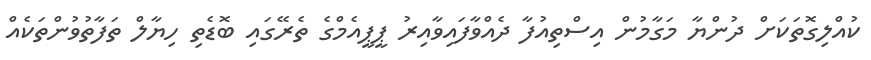
ކުއްލިގޮތަކަށް ދުންޔާ މަގާމުން އިސްތިއުފާ ދެއްވާފައިވާއިރު ޕީޕީއެމްގެ ތެރޭގައި ބޮޑެތި ހިޔާލް ތަފާތުވުންތަކެއް